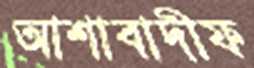
আশাবাদীফ